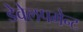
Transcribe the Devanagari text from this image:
डेवेलपमेन्ट